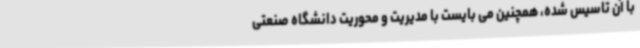
با آن تاسیس شده، همچنین می بایست با مدیریت و محوریت دانشگاه صنعتی